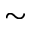
\sim